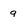
Character: 9